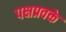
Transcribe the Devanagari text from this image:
पक्षप्रवक्ते